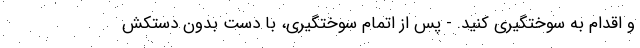
و اقدام به سوختگیری کنید. - پس از اتمام سوختگیری، با دست بدون دستکش